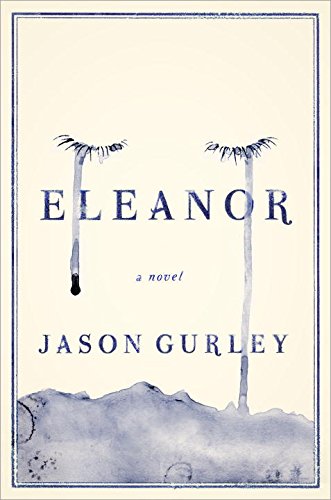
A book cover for Eleanor: A Novel; Jason Gurley; Science Fiction & Fantasy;